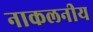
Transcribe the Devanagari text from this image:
नाकलनीय